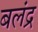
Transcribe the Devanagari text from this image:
बलंद्र